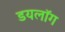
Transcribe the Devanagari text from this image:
डयलॉग